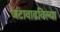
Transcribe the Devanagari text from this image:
जटावाढविल्या